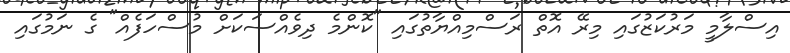
އިސްލާމީ މަރުކަޒުގައި މިރޭ އޮތް ރަސްމިއްޔާތުގައި "ކޮންމެ ދިވެއްސަކަށް މުސްހަފެއް" ގެ ނަމުގައި